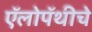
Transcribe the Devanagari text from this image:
ऍलोपॅथीचे